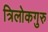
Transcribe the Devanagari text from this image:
त्रिलोकगुरु